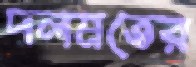
দলমতের